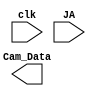
`timescale 1ns / 1ps
//////////////////////////////////////////////////////////////////////////////////
// Company: SDSU
// 
// Design Name: Basys3_Camera_Driver
// Module Name: Cam_In
// Project Name: Basys3 Camera Driver
// Target Devices: Basys 3 FPGA, with Raspberry Pi NoIR 2.1 Camera
// Description: Outputs the Pi NoIR camera picture and passes back to top module
// 
// Dependencies: Basys3_Master_Customized.xdc
// 
// Revision time: 4/10/2019 12:09 PM
// Additional Comments:
// 
//////////////////////////////////////////////////////////////////////////////////


module Cam_In(
    input clk,
    input [7:0] JA, //Input from Pi Camera on JA port
    output [7:0] Cam_Data //passes data from camera back to top module to be saved in RAM
    );
    //No progress here yet, I've been trying to follow the tutorial to get the display working first
endmodule